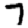
Digit: 7